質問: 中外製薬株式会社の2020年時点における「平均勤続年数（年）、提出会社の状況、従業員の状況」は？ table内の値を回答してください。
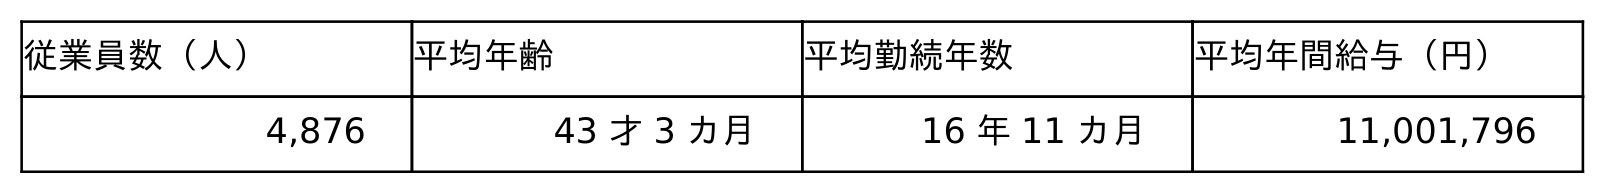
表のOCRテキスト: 従業員数（人） 平均年齢 平均勤続年数 平均年間給与（円） 4,876 43 才 3 カ月 16 年 11 カ月 11,001,796
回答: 16年11カ月